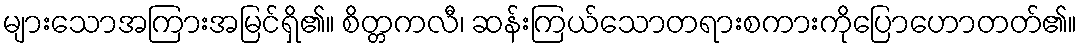
များသောအကြားအမြင်ရှိ၏။ စိတ္တကလီ၊ ဆန်းကြယ်သောတရားစကားကိုပြောဟောတတ်၏။